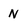
Character: N